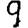
Digit: 9